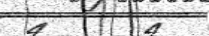
4      4